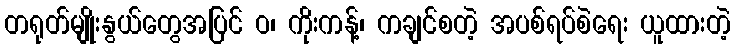
တရုတ်မျိုးနွယ်တွေအပြင် ဝ၊ ကိုးကန့်၊ ကချင်စတဲ့ အပစ်ရပ်စဲရေး ယူထားတဲ့